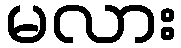
မလား